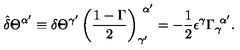
\hat { \delta } \Theta ^ { \alpha ^ { \prime } } \equiv \delta \Theta ^ { \gamma ^ { \prime } } \left( { \frac { 1 - \Gamma } { 2 } } \right) _ { \gamma ^ { \prime } } ^ { \ \alpha ^ { \prime } } = - { \frac { 1 } { 2 } } \epsilon ^ { \gamma } \Gamma _ { \gamma } ^ { \ \alpha ^ { \prime } } .